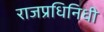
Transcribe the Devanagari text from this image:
राजप्रधिनिधी